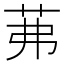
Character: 茀